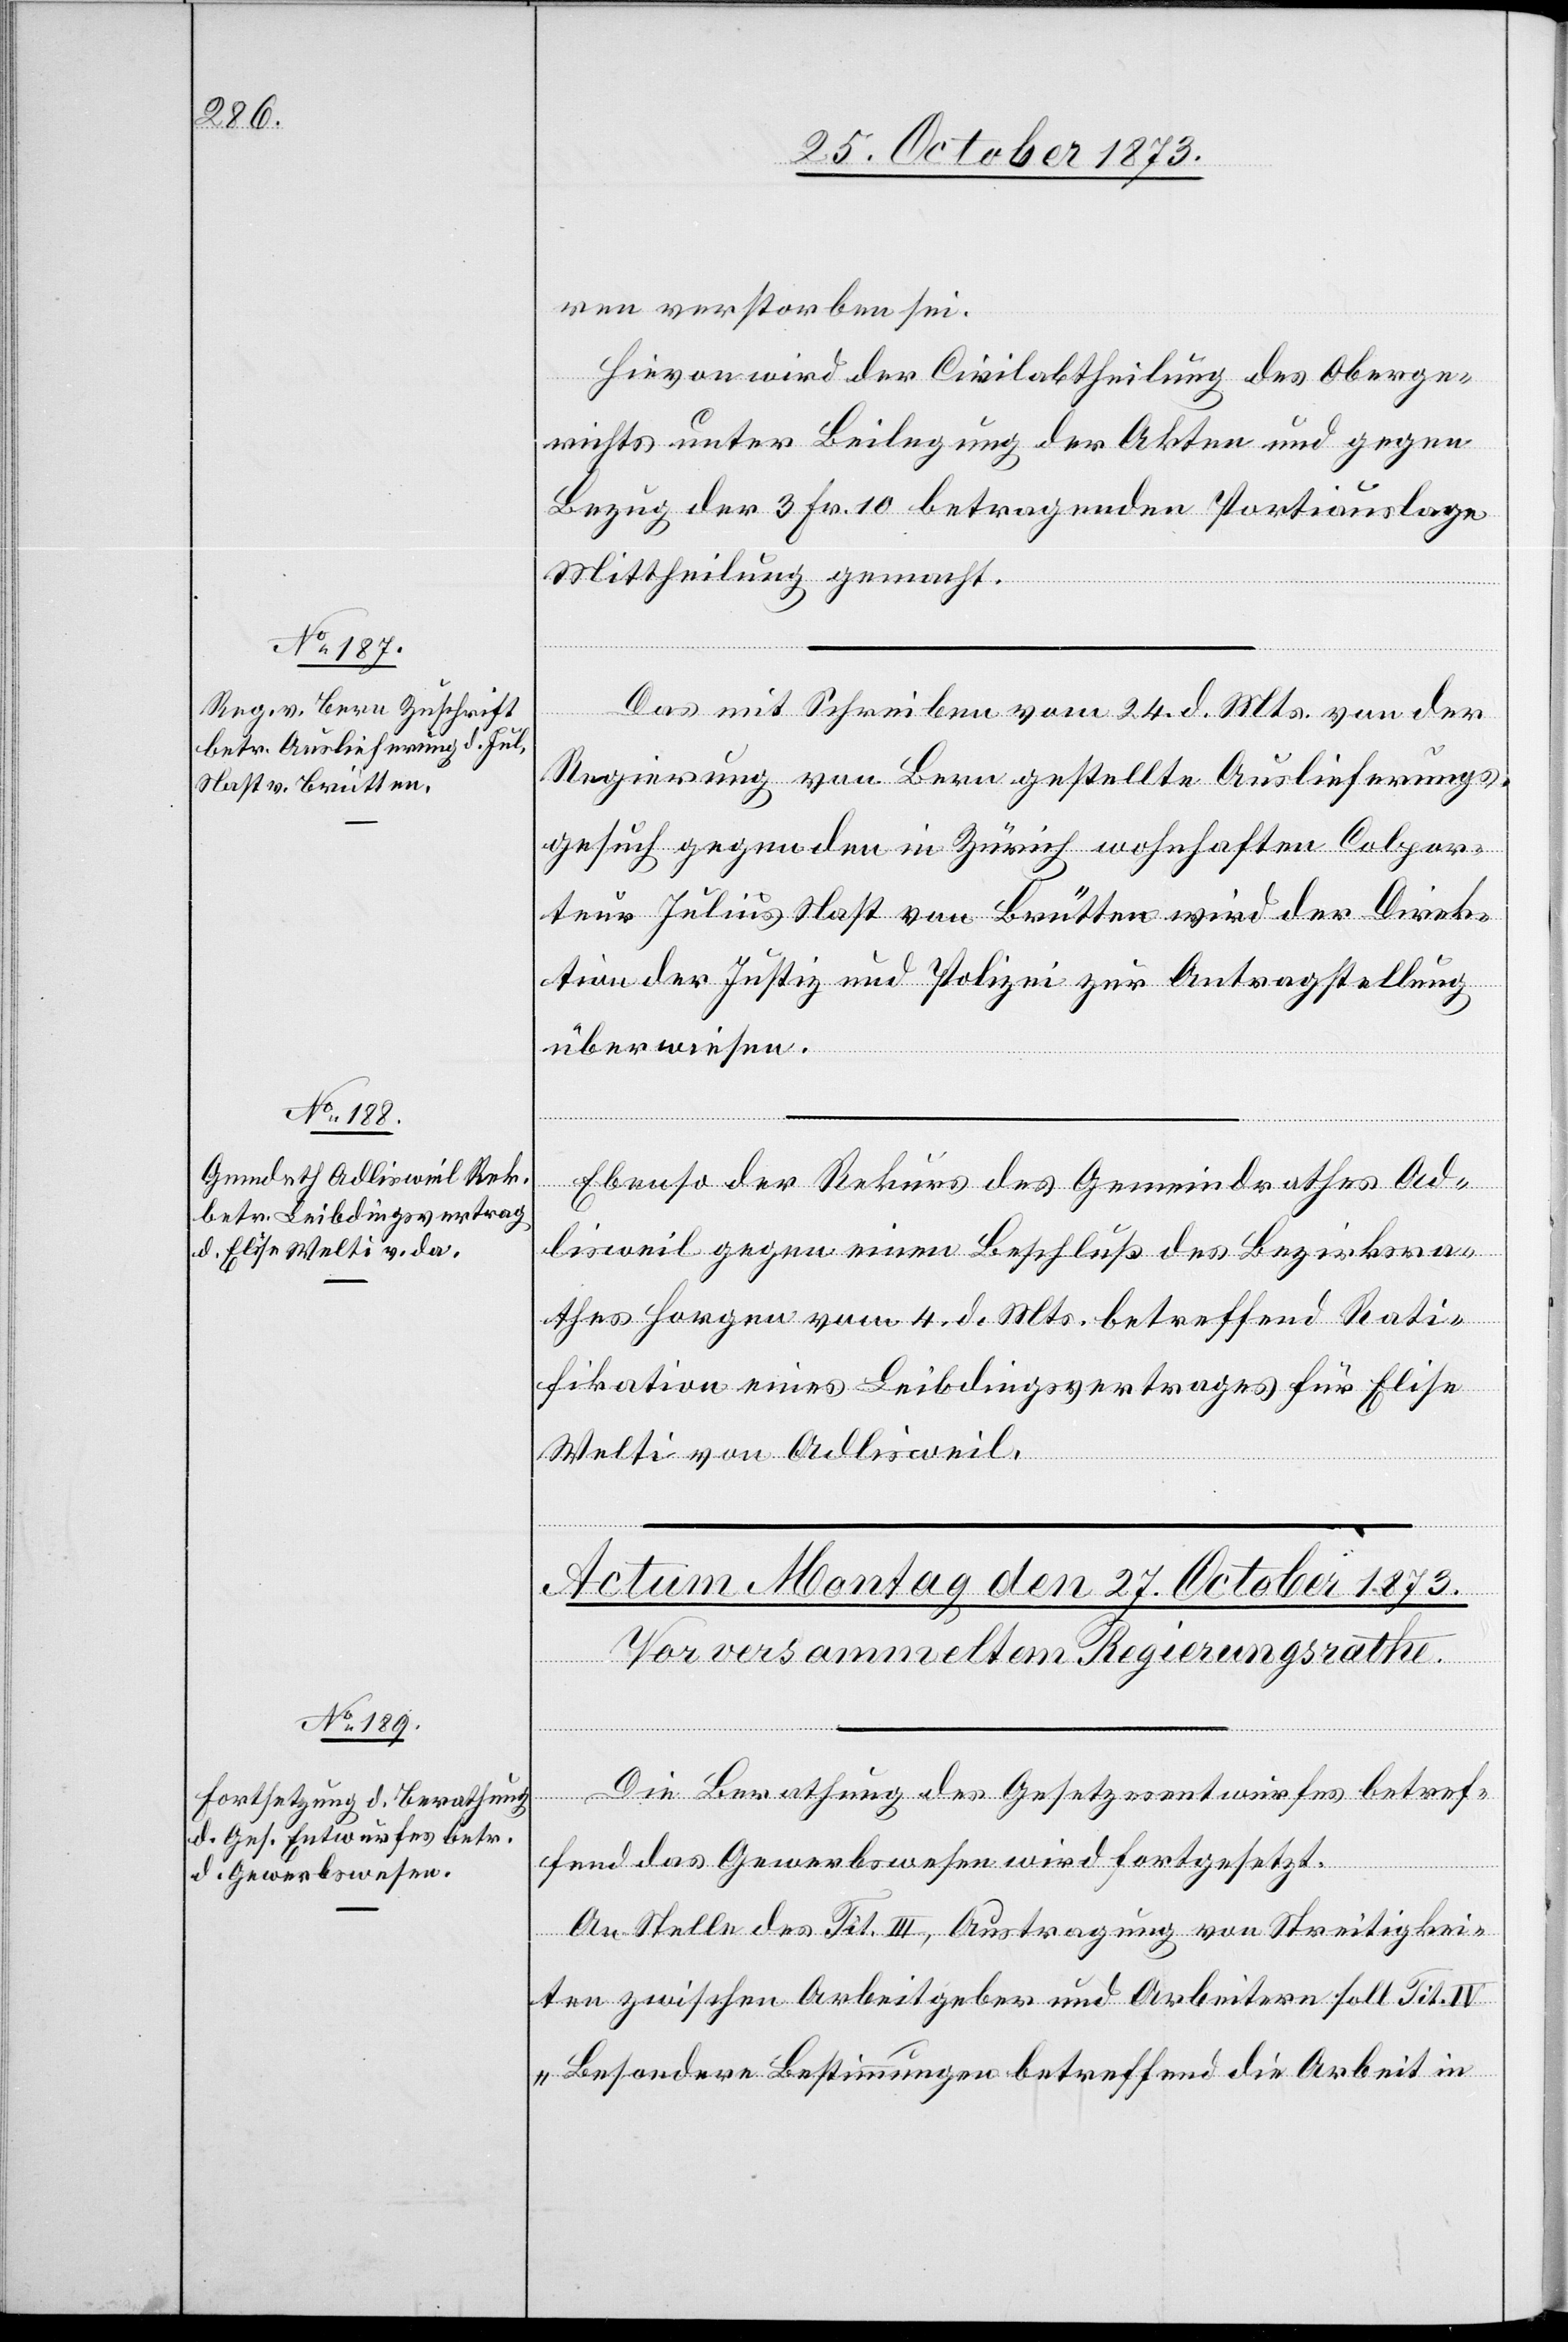
26. October 1873.]
ren verstorben sei.
Hievon wird der Civilabtheilung des Oberge¬
richts unter Beilegung der Akten und gegen
Bezug der 3 Fr. 10 betragenden Portiauslage
Mittheilung gemacht.
Das mit Schreiben vom 24. d. Mts. von der
Regierung von Bern gestellte Auslieferungs¬
gesuch gegen den in Zürich wohnhaften Colpor¬
teur Julius Nast von Brütten wird der Direk¬
tion der Justiz und Polizei zur Antragstellung
überwiesen.
Ebenso der Rekurs des Gemeindrathes Ad¬
lisweil gegen einen Beschluß des Bezirksra¬
thes Horgen vom 4. d. Mts. betreffend Rati¬
fikation eines Leibdingsvertrages für Elise
Welti von Adlisweil.
Die Berathung des Gesetzesentwurfes betref¬
fend das Gewerbswesen wird fortgesetzt.
An Stelle des Tit. III, Austragung von Streitigkei¬
ten zwischen Arbeitgeber und Arbeitern soll Tit. IV
„Besondere Bestimmungen betreffend die Arbeit in